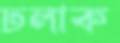
ঢলাক